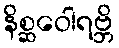
နိစ္ဆဝေါရဗ္ဘိ